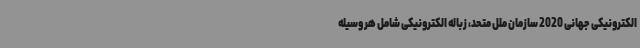
الکترونیکی جهانی 2020 سازمان ملل متحد، زباله الکترونیکی شامل هر وسیله